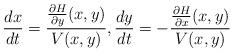
LaTeX: \begin{align*}\frac{dx}{dt} = \frac{\frac{\partial H}{\partial y}(x,y)}{V(x,y)},\frac{dy}{dt} = -\frac{\frac{\partial H}{\partial x}(x,y)}{V(x,y)}\end{align*}